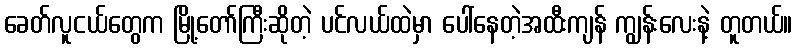
ခေတ်လူငယ်တွေက မြို့တော်ကြီးဆိုတဲ့ ပင်လယ်ထဲမှာ ပေါ်နေတဲ့အထီးကျန် ကျွန်းလေးနဲ့ တူတယ်။